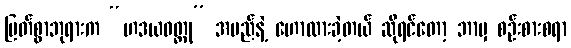
မြတ်စွာဘုရားက “ဟဒယဝတ္ထု” အမည်နဲ့ ဟောထားခဲ့တယ် ဆိုရင်တော့ ဘာမှ စဉ်းစားစရာ